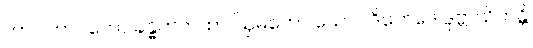
ဘာဝါဘာဝတော ခန္ဓကကထာ ဩမကော ယောဂါဒိဘေဒေ ဒုဗ္ဘာသိတန္တိ